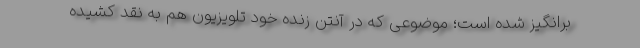
برانگیز شده است؛ موضوعی که در آنتن زنده خود تلویزیون هم به نقد کشیده